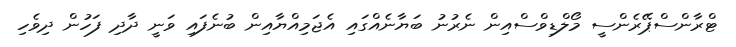
ޓްރާންސްޕޭރެންސީ މޯލްޑިވްސްއިން ނެރުނު ބަޔާނެއްގައި އެޖަމިއްޔާއިން ބުނެފައި ވަނީ ދާދި ފަހުން ދިވެހި